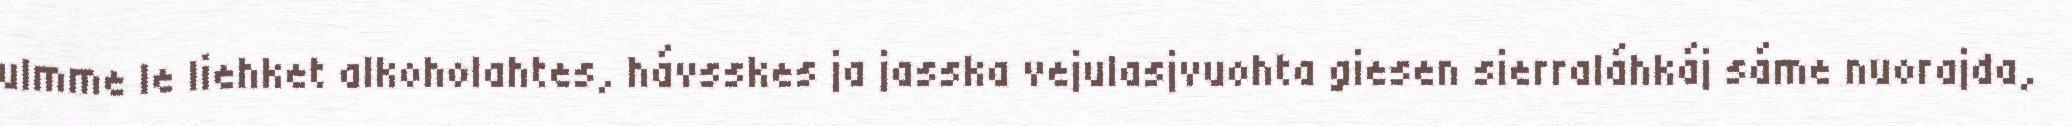
ulmme le liehket alkoholahtes, hávsskes ja jasska vejulasjvuohta giesen sierraláhkáj sáme nuorajda,